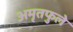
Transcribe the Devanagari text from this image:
अमृतफुले